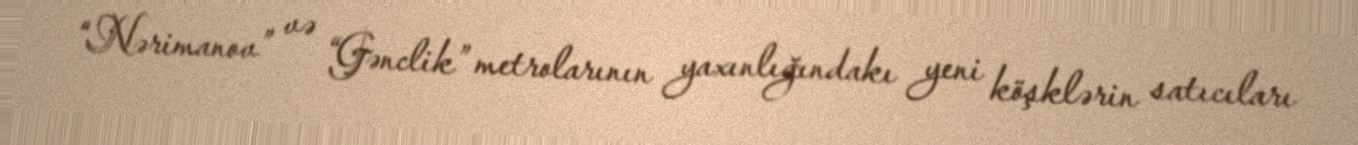
“Nərimanov” və “Gənclik” metrolarının yaxınlığındakı yeni köşklərin satıcıları